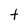
Character: t